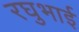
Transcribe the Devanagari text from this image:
रघुभाई